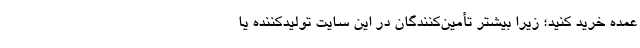
عمده خرید کنید؛ زیرا بیشتر تأمین‌کنندگان در این سایت تولیدکننده یا